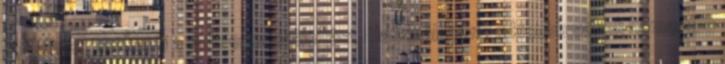
fájdalmat, serkenti a sejtregenerálódást. Használatával a kisebb sebek hamarabb